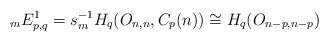
LaTeX: \begin{align*}{}_{m}E^{1}_{p,q} = s_{m}^{-1}H_{q}(O_{n,n}, C_{p}(n)) \cong H_{q}(O_{n-p, n-p})\end{align*}